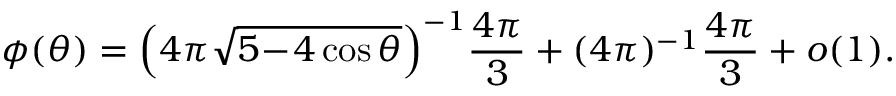
\phi ( \theta ) = \Big ( 4 \pi \sqrt { 5 \! - \! 4 \cos \theta } \Big ) ^ { - 1 } \frac { 4 \pi } 3 + ( 4 \pi ) ^ { - 1 } \frac { 4 \pi } 3 + o ( 1 ) .